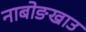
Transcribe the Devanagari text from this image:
नाबोङखाउ